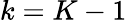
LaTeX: k=K-1